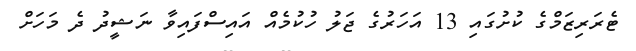
ޓެރަރިޒަމްގެ ކުށުގައި 13 އަހަރުގެ ޖަލު ހުކުމެއް އައިސްފައިވާ ނަޝީދު ދެ މަހަށް